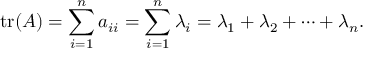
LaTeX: \operatorname { t r } ( A ) = \sum _ { i = 1 } ^ { n } a _ { i i } = \sum _ { i = 1 } ^ { n } \lambda _ { i } = \lambda _ { 1 } + \lambda _ { 2 } + \cdots + \lambda _ { n } .